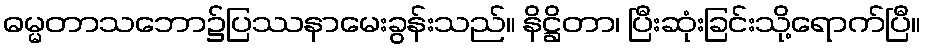
ဓမ္မတာသဘော၌ပြဿနာမေးခွန်းသည်။ နိဋ္ဌိတာ၊ ပြီးဆုံးခြင်းသို့ရောက်ပြီ။